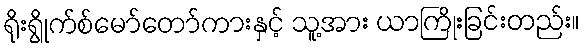
ရိုးရွိုက်စ်မော်တော်ကားနှင့် သူ့အား ယာကြိုးခြင်းတည်း။